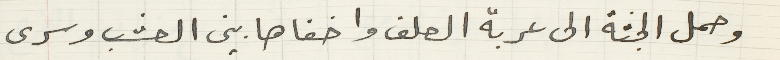
وحمل الجثة الى عربة العلف واخفاها بين العشب وسرى